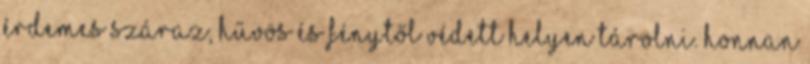
érdemes száraz, hűvös és fénytől védett helyen tárolni. Honnan